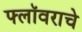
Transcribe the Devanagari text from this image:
फ्लॉवराचे